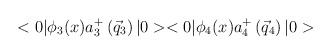
LaTeX: \begin{align*}<0|{\phi}_3(x) a_3^{+}\left({\vec{q}}_3\right)|0><0|{\phi}_4(x) a_4^{+}\left({\vec{q}}_4\right)|0>\end{align*}